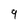
Character: 9